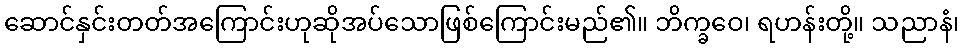
ဆောင်နှင်းတတ်အကြောင်းဟုဆိုအပ်သောဖြစ်ကြောင်းမည်၏။ ဘိက္ခဝေ၊ ရဟန်းတို့။ သညာနံ၊